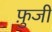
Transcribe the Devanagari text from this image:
फ़ुजी